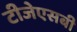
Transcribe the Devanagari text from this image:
टीजेएसबी